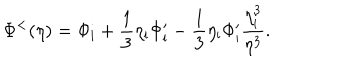
\Phi ^ { < } ( \eta ) = \Phi _ { \mathrm { i } } + \frac { 1 } { 3 } \eta _ { \mathrm { i } } \Phi _ { \mathrm { i } } ^ { \prime } - \frac { 1 } { 3 } \eta _ { \mathrm { i } } \Phi _ { \mathrm { i } } ^ { \prime } \frac { \eta _ { \mathrm { i } } ^ { 3 } } { \eta ^ { 3 } } .